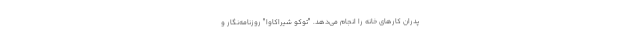
پدران کارهای خانه را انجام می‌دهد. "توکو شیراکاوا" روزنامه‌نگار و